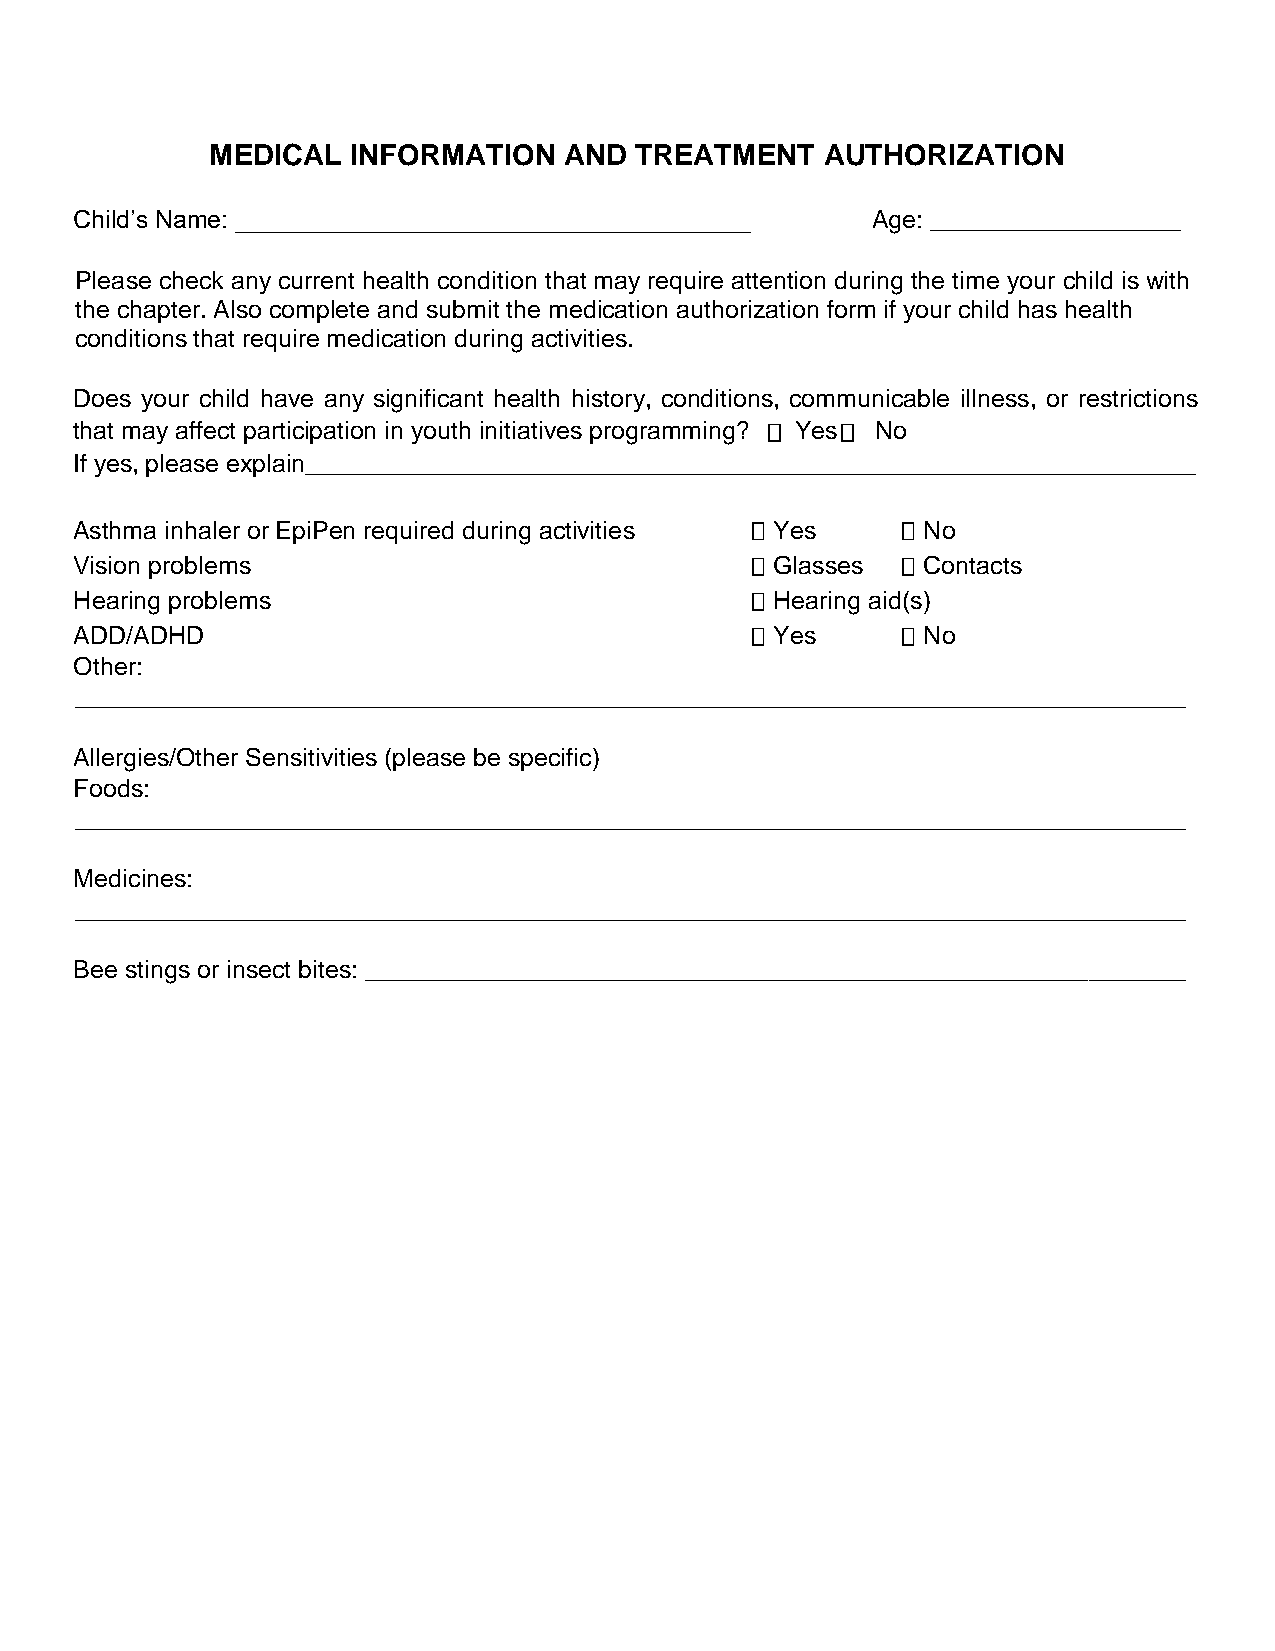
MEDICAL  INFORMATION   AND  TREATMENT    AUTHORIZATION
 Child’s Name: _____________________________________  Age: __________________
 Please check any current health condition that may require attention during the time your child is with
 the chapter. Also complete and submit the medication authorization form if your child has health
 conditions that require medication during activities.
 Does your child have any significant health history, conditions, communicable illness, or restrictions
 that may affect participation in youth initiatives programming? Yes No
 If yes, please explain________________________________________________________________
 Asthma inhaler or EpiPen required during activities Yes No
 Vision problems                               Glasses   Contacts
 Hearing problems                              Hearing aid(s)
 ADD/ADHD                                      Yes       No
 Other:
 ________________________________________________________________________________
 Allergies/Other Sensitivities (please be specific)
 Foods:
 ________________________________________________________________________________
 Medicines:
 ________________________________________________________________________________
 Bee stings or insect bites: ___________________________________________________________